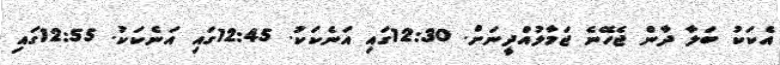
އެކަކު ބަލާ ދާން ޖެހޭނެ ޖަމާލުއްދީނަށް. 12:30ގައި އަނެކަކު. 12:45ގައި އަނެކަކު. 12:55ގައި